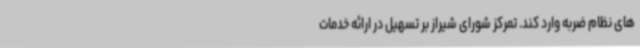
های نظام ضربه وارد کند. تمرکز شورای شیراز بر تسهیل در ارائه خدمات